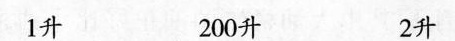
1升200斤 2升